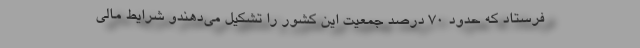
فرستاد که حدود 70 درصد جمعیت این کشور را تشکیل می‌دهندو شرایط مالی